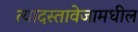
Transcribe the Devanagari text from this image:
त्यादस्तावेजामधील